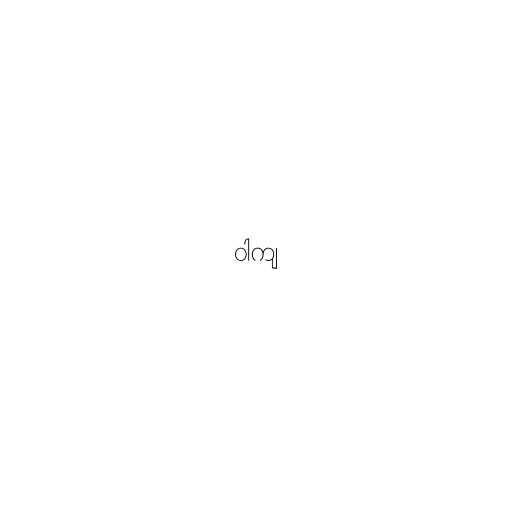
ဝါကျ